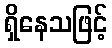
ရှိနေသဖြင့်